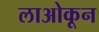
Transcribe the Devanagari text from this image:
लाओकून